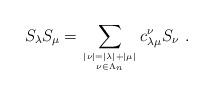
LaTeX: \begin{align*}S_\lambda S_\mu=\sum_{|\nu|=|\lambda|+|\mu|\atop \nu\in \Lambda_n} c^\nu_{\lambda\mu}S_\nu\ .\end{align*}